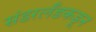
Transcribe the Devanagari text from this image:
संडरलँडकडून